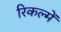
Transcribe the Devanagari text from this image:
रिकल्‍में